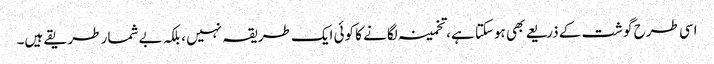
اسی طرح گوشت کے ذریعے بھی ہوسکتا ہے، تخمینہ لگانے کا کوئی ایک طریقہ نہیں ، بلکہ بے شمار طریقے ہیں۔